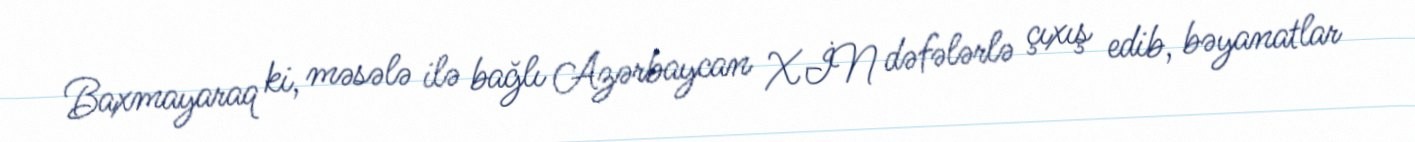
Baxmayaraq ki, məsələ ilə bağlı Azərbaycan XİN dəfələrlə çıxış edib, bəyanatlar